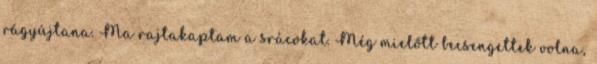
rágyújtana. Ma rajtakaptam a srácokat. Még mielőtt becsengettek volna,